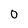
Character: 0